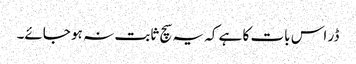
ڈر اس بات کا ہے کہ یہ سچ ثابت نہ ہو جائے۔